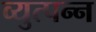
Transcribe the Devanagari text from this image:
व्‍युत्‍पन्‍न